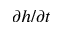
\partial h / \partial t